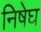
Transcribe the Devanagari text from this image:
निषेघ